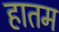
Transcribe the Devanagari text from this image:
हातम